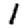
Digit: 1